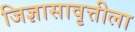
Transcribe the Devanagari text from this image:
जिज्ञासावृत्तीला